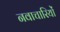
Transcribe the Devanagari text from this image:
नवाचारियों